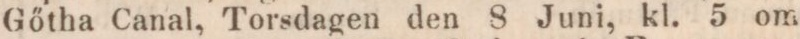
Gőtha Canal, Torsdagen den 8 Juni, kl. 5 om